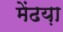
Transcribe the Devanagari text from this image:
मेंढय़ा